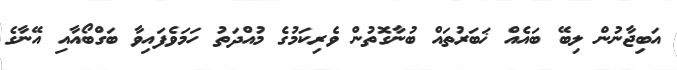
އަބިޖާނުން ލިބޭ ބައެއް ޚަބަރުތައް ބުނާގޮތުން ވެރިކަމުގެ މުއްދަތު ހަމަވެފައިވާ ބަގްބޯއާއި އޭނާގެ